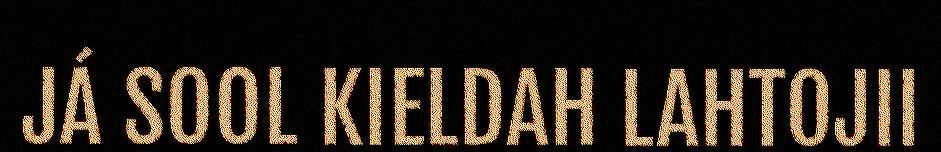
JÁ SOOL KIELDAH LAHTOJII